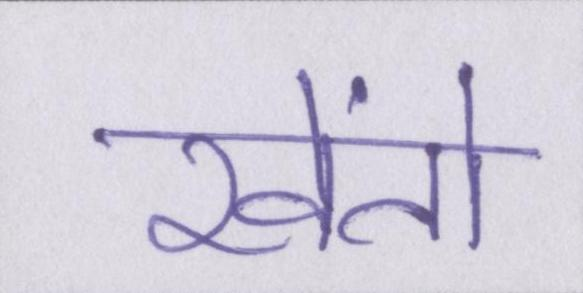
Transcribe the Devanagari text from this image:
खेंतो